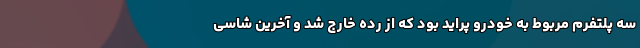
سه پلتفرم مربوط به خودرو پراید بود که از رده خارج شد و آخرین شاسی